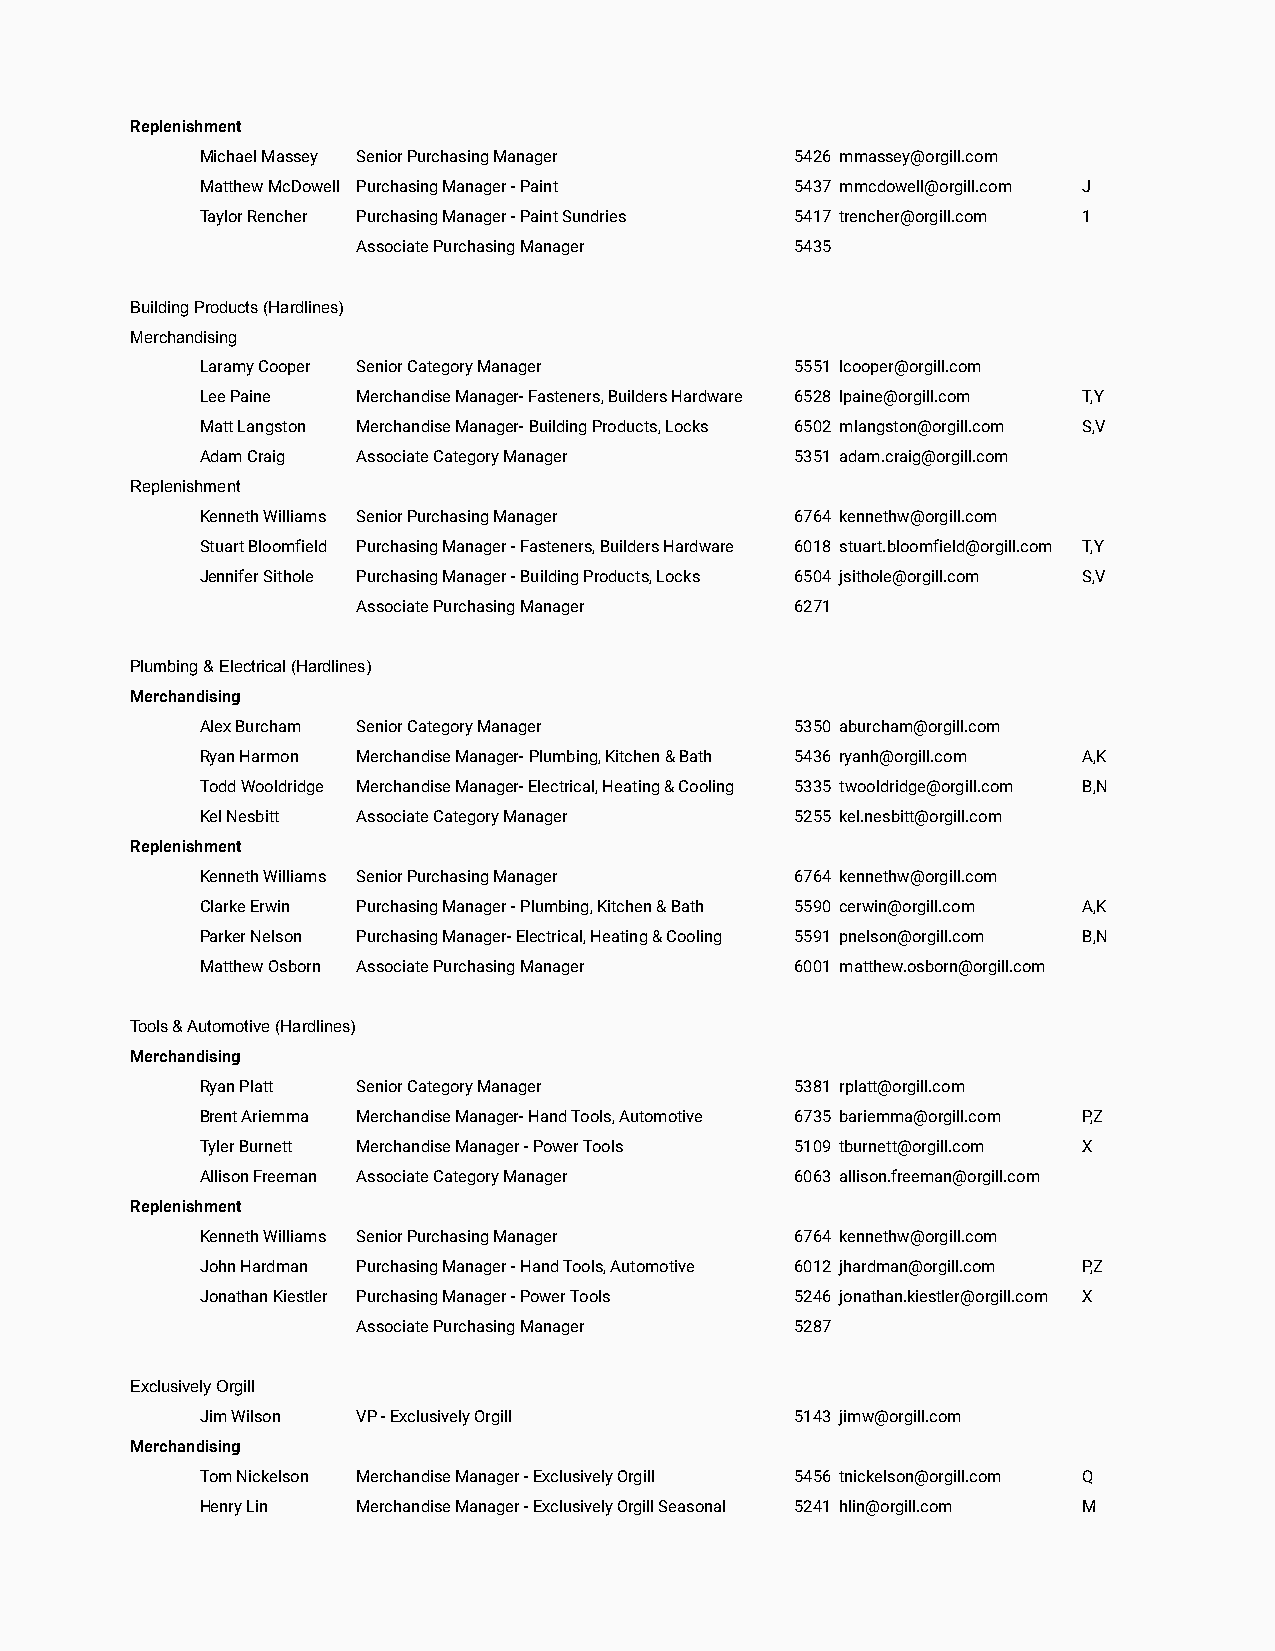
Replenishment
 Michael Massey Senior Purchasing Manager 5426 mmassey@orgill.com
 Matthew McDowell Purchasing Manager - Paint 5437 mmcdowell@orgill.com J
 Taylor Rencher Purchasing Manager - Paint Sundries 5417 trencher@orgill.com 1
 Associate Purchasing Manager 5435
 Building Products (Hardlines)
 Merchandising
 Laramy Cooper Senior Category Manager   5551 lcooper@orgill.com
 Lee Paine  Merchandise Manager- Fasteners, Builders Hardware 6528 lpaine@orgill.com T,Y
 Matt Langston Merchandise Manager- Building Products, Locks 6502 mlangston@orgill.com S,V
 Adam Craig Associate Category Manager   5351 adam.craig@orgill.com
 Replenishment
 Kenneth Williams Senior Purchasing Manager 6764 kennethw@orgill.com
 Stuart Bloomfield Purchasing Manager - Fasteners, Builders Hardware 6018 stuart.bloomfield@orgill.com T,Y
 Jennifer Sithole Purchasing Manager - Building Products, Locks 6504 jsithole@orgill.com S,V
 Associate Purchasing Manager 6271
 Plumbing & Electrical (Hardlines)
 Merchandising
 Alex Burcham Senior Category Manager    5350 aburcham@orgill.com
 Ryan Harmon Merchandise Manager- Plumbing, Kitchen & Bath 5436 ryanh@orgill.com A,K
 Todd Wooldridge Merchandise Manager- Electrical, Heating & Cooling 5335 twooldridge@orgill.com B,N
 Kel Nesbitt Associate Category Manager  5255 kel.nesbitt@orgill.com
 Replenishment
 Kenneth Williams Senior Purchasing Manager 6764 kennethw@orgill.com
 Clarke Erwin Purchasing Manager - Plumbing, Kitchen & Bath 5590 cerwin@orgill.com A,K
 Parker Nelson Purchasing Manager- Electrical, Heating & Cooling 5591 pnelson@orgill.com B,N
 Matthew Osborn Associate Purchasing Manager 6001 matthew.osborn@orgill.com
 Tools & Automotive (Hardlines)
 Merchandising
 Ryan Platt Senior Category Manager      5381 rplatt@orgill.com
 Brent Ariemma Merchandise Manager- Hand Tools, Automotive 6735 bariemma@orgill.com P,Z
 Tyler Burnett Merchandise Manager - Power Tools 5109 tburnett@orgill.com X
 Allison Freeman Associate Category Manager 6063 allison.freeman@orgill.com
 Replenishment
 Kenneth Williams Senior Purchasing Manager 6764 kennethw@orgill.com
 John Hardman Purchasing Manager - Hand Tools, Automotive 6012 jhardman@orgill.com P,Z
 Jonathan Kiestler Purchasing Manager - Power Tools 5246 jonathan.kiestler@orgill.com X
 Associate Purchasing Manager 5287
 Exclusively Orgill
 Jim Wilson VP - Exclusively Orgill      5143 jimw@orgill.com
 Merchandising
 Tom Nickelson Merchandise Manager - Exclusively Orgill 5456 tnickelson@orgill.com Q
 Henry Lin  Merchandise Manager - Exclusively Orgill Seasonal 5241 hlin@orgill.com M